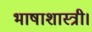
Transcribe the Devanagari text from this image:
भाषाशास्त्री।